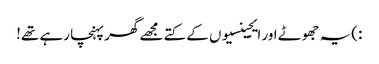
:)یہ جھوٹے اور ایجینسیوں کے کتے مجھے گھر پہنچا رہے تھے!